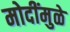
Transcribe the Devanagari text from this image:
मोदींमुळे